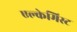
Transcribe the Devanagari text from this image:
एल्केमिस्ट